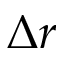
\Delta r